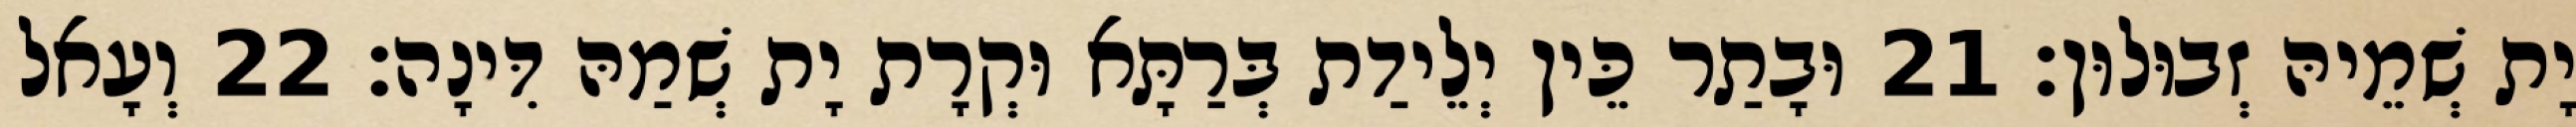
יָת שְׁמֵיהּ זְבוּלוּן׃ 21 וּבָתַר כֵּין יְלֵידַת בְּרַתָּא וּקְרָת יָת שְׁמַהּ דִּינָה׃ 22 וְעָאל